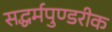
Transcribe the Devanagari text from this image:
सद्धर्मपुण्डरीक